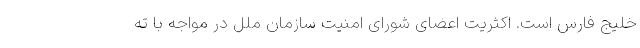
خلیج فارس است. اکثریت اعضای شورای امنیت سازمان ملل در مواجه با ته